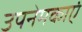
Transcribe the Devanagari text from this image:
उपनेमकाएं